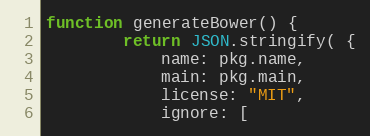
Language: JavaScript
function generateBower() {
		return JSON.stringify( {
			name: pkg.name,
			main: pkg.main,
			license: "MIT",
			ignore: [